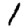
Digit: 1